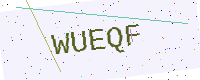
Text: WUEQF